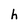
Character: h